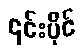
၎င်းပိုင်